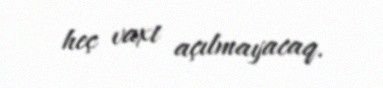
heç vaxt açılmayacaq.